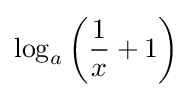
\log _{a}\left({\frac {1}{x}}+1\right)